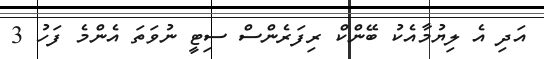
އަދި އެ ލިޔުމާއެކު ބޭންކް ރިފަރެންސް ސިޓީ ނުވަތަ އެންމެ ފަހު 3